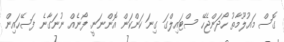
ގޮސް މައުލޫމާތު ހޯދަންޖެހޭ ސްޓައިލްގަ ގިނަ ކަންކަން އޮންނަނީ. ފޯނެއް ނުނަގާނެ ފަސޭހައިން